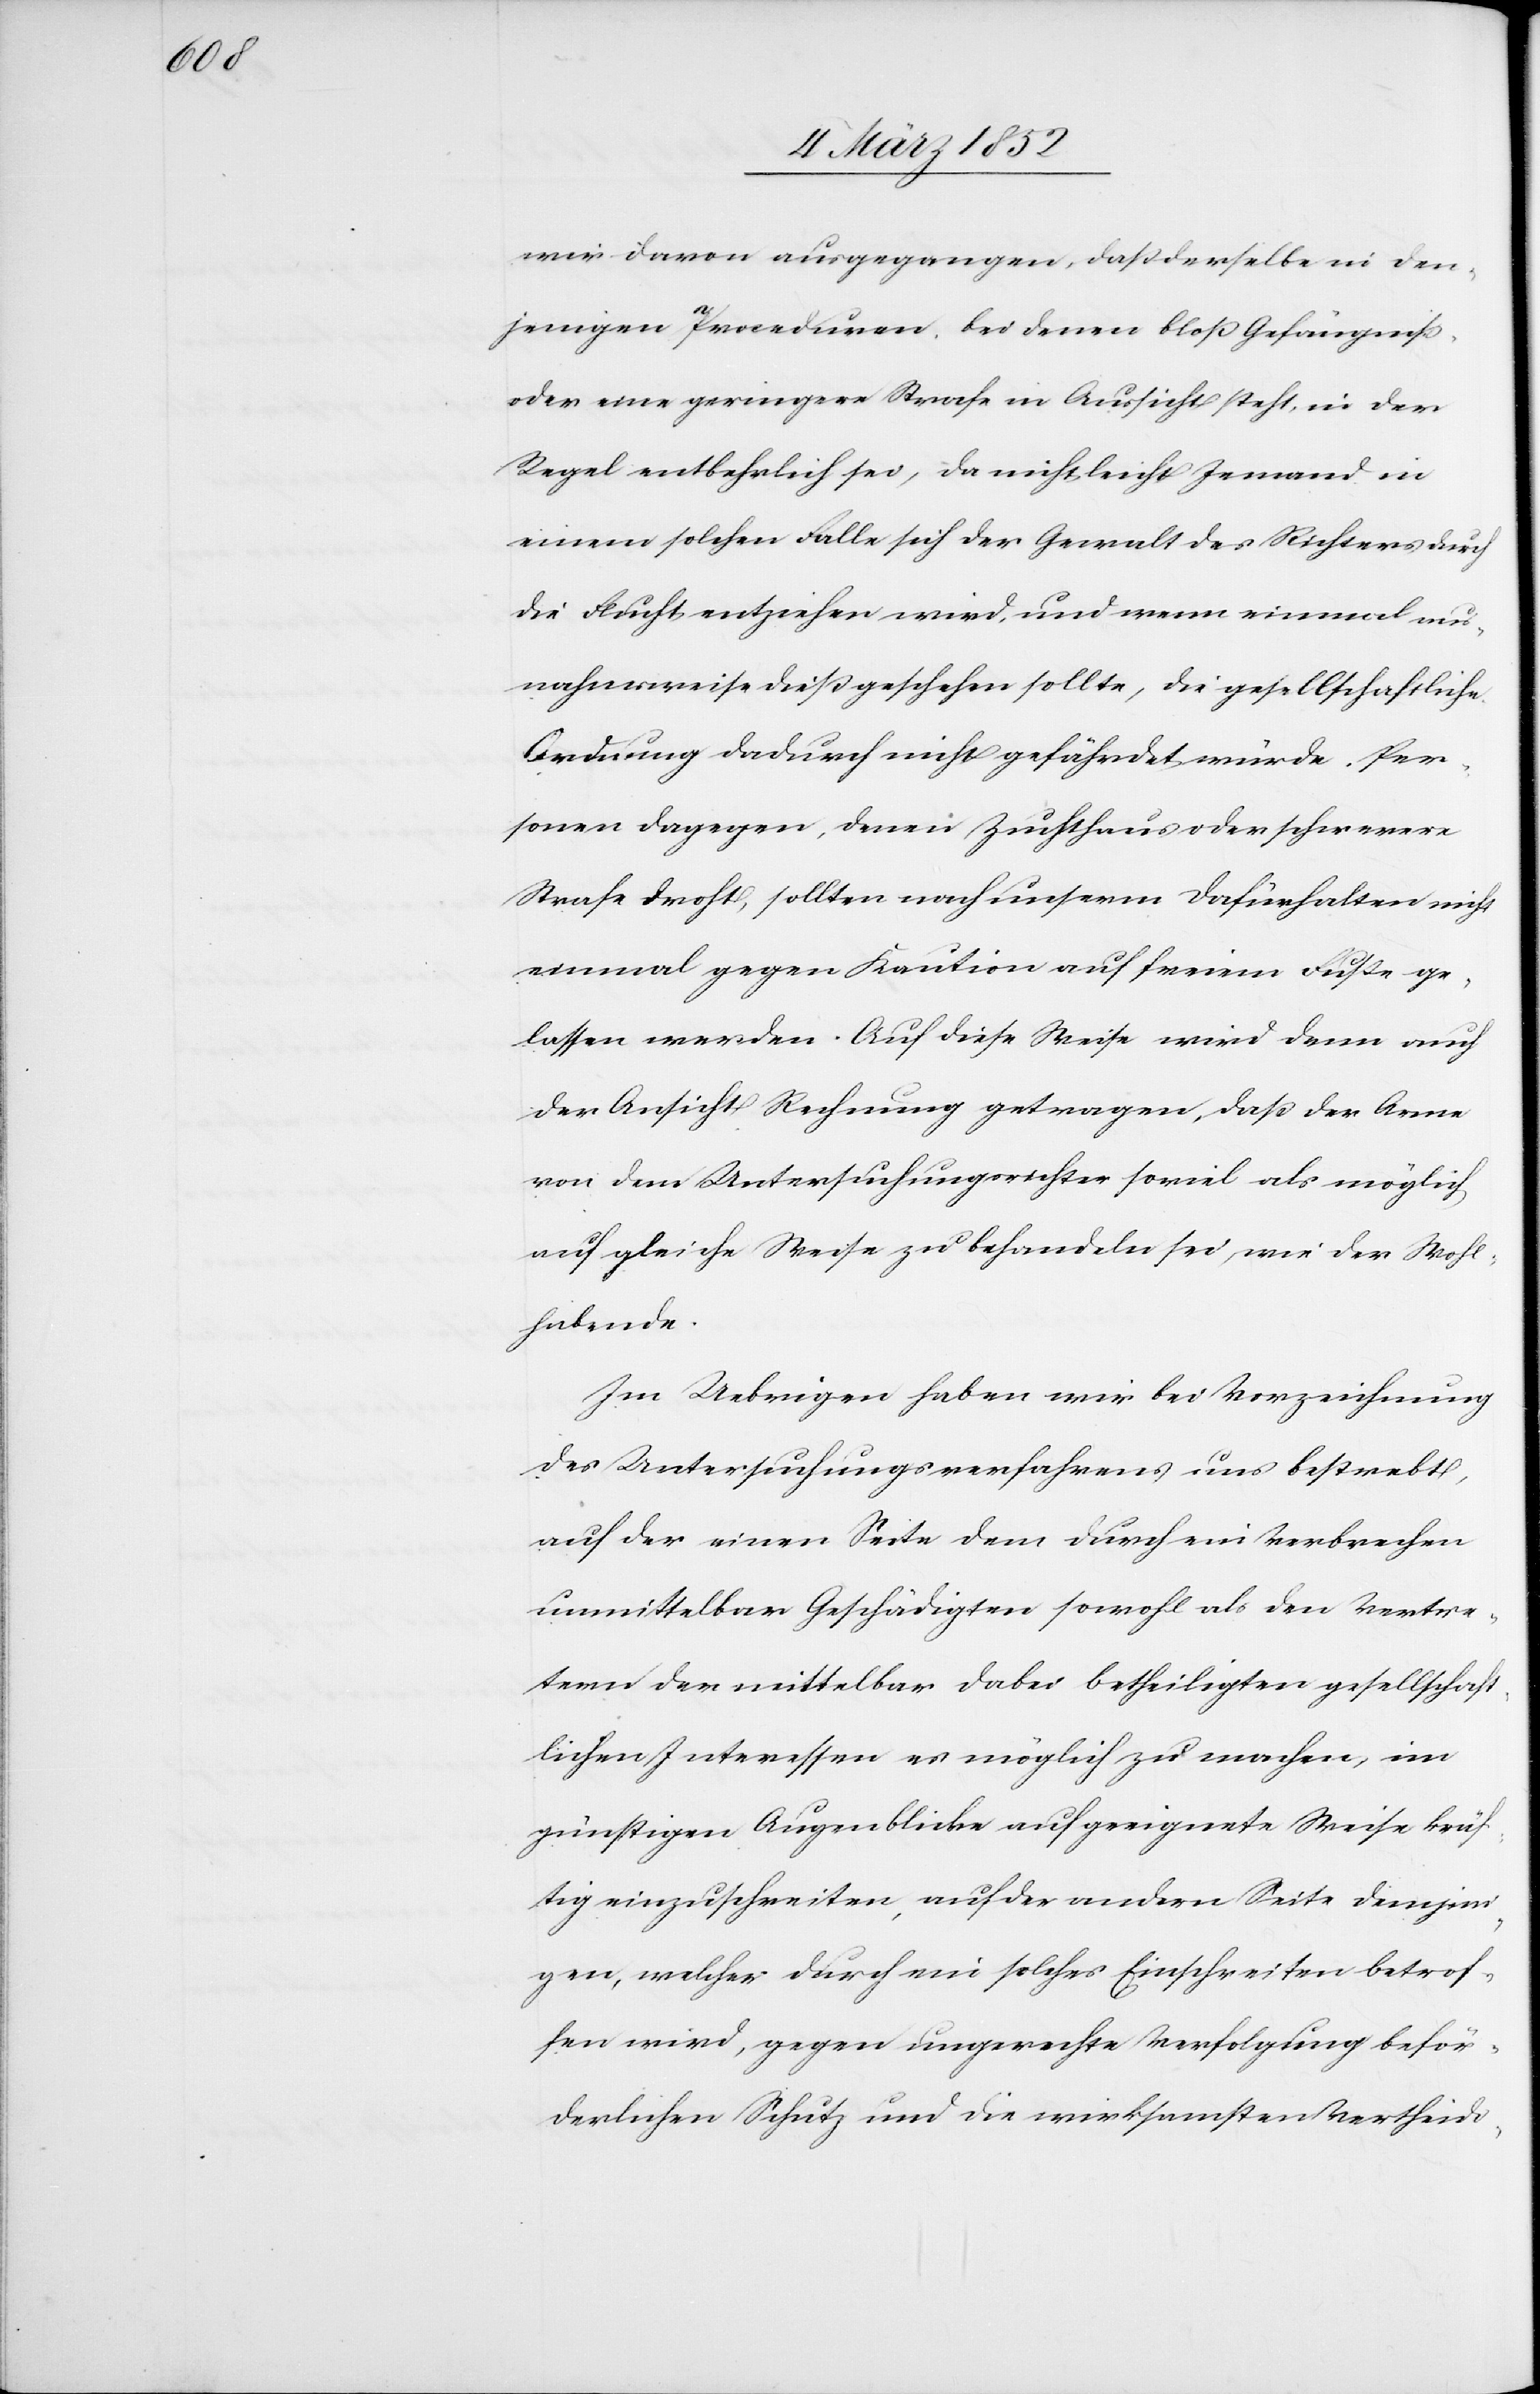
wir davon ausgegangen, daß derselbe in den¬
jenigen Proceduren, bei denen bloß Gefängniß
oder eine geringere Strafe in Aussicht steht, in der
Regel entbehrlich sei, da nicht leicht Jemand in
einem solchen Falle sich der Gewalt des Richters durch
die Flucht entziehen wird, und wenn einmal aus¬
nahmsweise dieß geschehen sollte, die gesellschaftliche
Ordnung dadurch nicht gefährdet würde. Per¬
sonen dagegen, denen Zuchthaus oder schwerere
Strafe droht, sollten nach unserm Dafürhalten nicht
einmal gegen Kaution auf freiem Fuße ge¬
laßen werden. Auf diese Weise wird denn auch
der Ansicht Rechnung getragen, daß der Arme
von dem Untersuchungsrichter soviel als möglich
auf gleiche Weise zu behandeln sei, wie der Wohl¬
habende.
Im Uebrigen haben wir bei Vorzeichnung
des Untersuchungsverfahrens uns bestrebt,
auf der einen Seite dem durch ein Verbrechen
unmittelbar Geschädigten sowohl als den Vertre¬
tern der mittelbar dabei betheiligten gesellschaft¬
lichen Interessen es möglich zu machen, im
günstigen Augenblicke auf geeignete Weise künf¬
tig einzuschreiten, auf der andern Seite demjeni¬
gen, welcher durch ein solches Einschreiten betrof¬
fen wird, gegen ungerechte Verfolgung beför¬
derlichen Schutz und die wirksamsten Vertheidi-